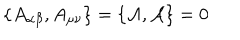
LaTeX: \{ A _ { \alpha \beta } , A _ { \mu \nu } \} = \{ { \cal { A } } , { \cal { A } } \} = 0